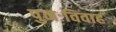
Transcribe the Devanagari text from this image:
पुनःविवाह